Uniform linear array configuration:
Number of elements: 64
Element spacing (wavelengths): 1
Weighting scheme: cosine
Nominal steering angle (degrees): -45
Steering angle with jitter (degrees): -45.895
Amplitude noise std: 0.05
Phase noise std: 0.05

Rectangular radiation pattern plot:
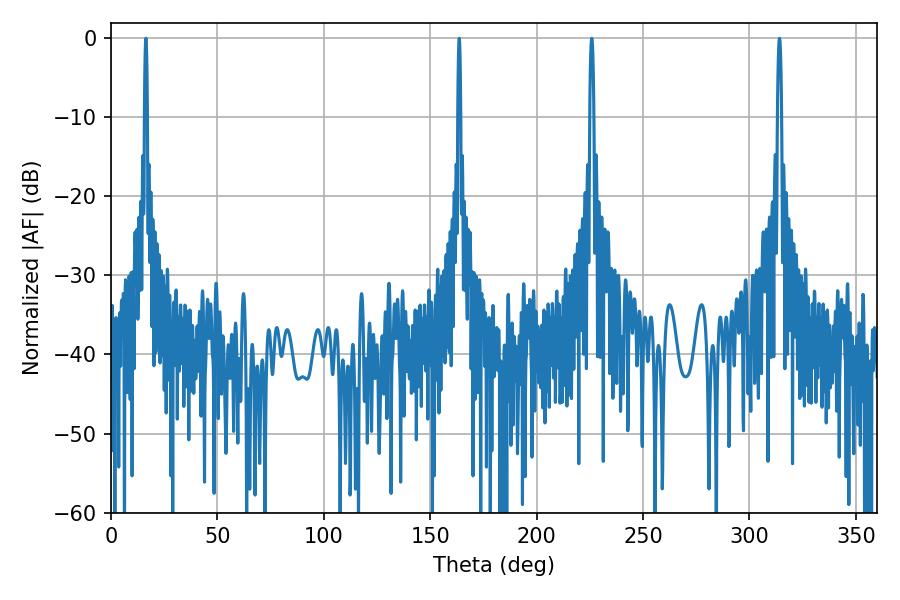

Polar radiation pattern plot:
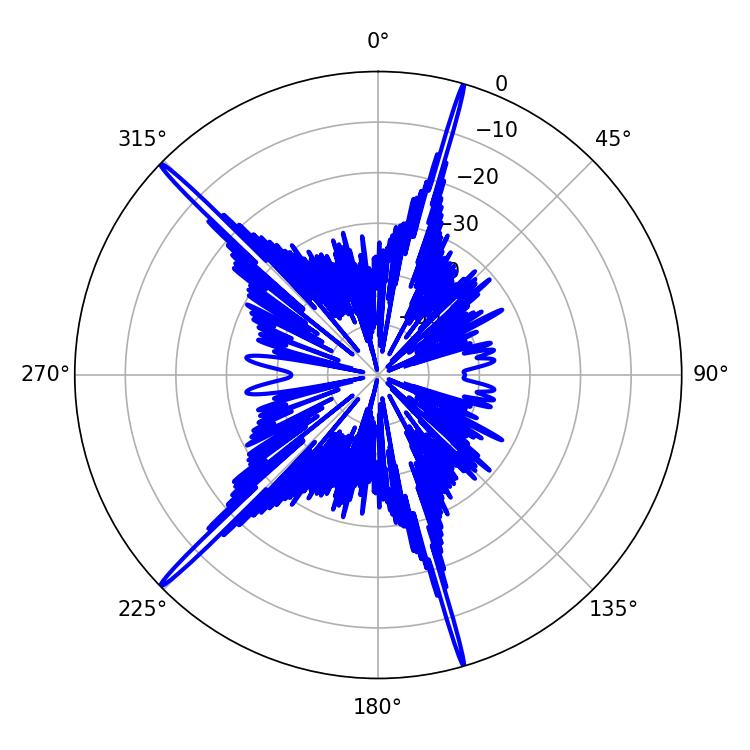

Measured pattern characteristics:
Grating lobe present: TRUE
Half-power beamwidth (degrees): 0.72
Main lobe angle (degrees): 16.38